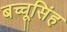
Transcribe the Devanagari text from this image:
बच्चूसिंह